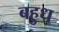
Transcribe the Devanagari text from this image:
बहुध